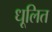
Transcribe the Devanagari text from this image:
धूलित